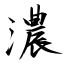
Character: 濃